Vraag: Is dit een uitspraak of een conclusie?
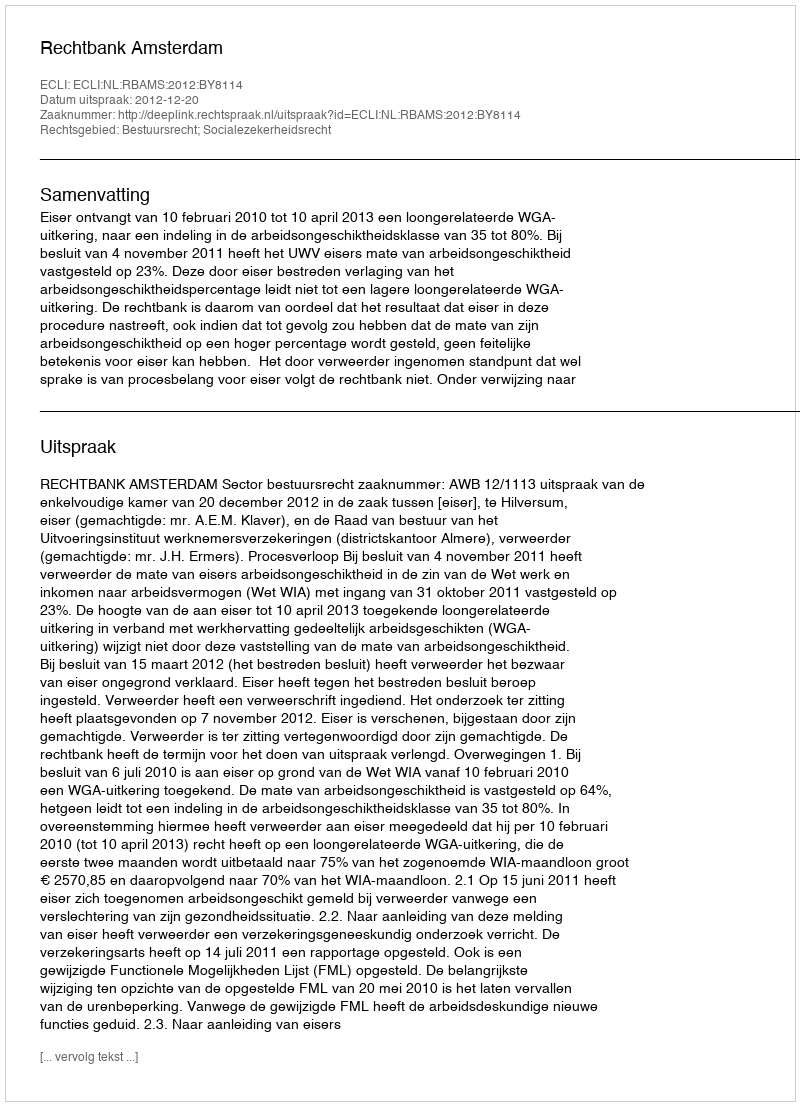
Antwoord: Uitspraak